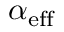
\alpha _ { \mathrm { e f f } }